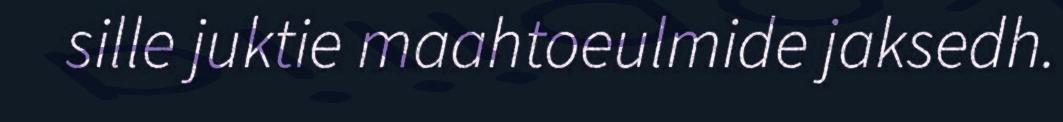
sille juktie maahtoeulmide jaksedh.